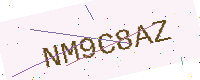
Text: NM9C8AZ